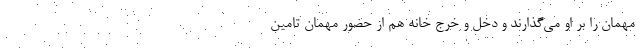
مهمان را بر او می‌گذارند و دخل و خرج خانه هم از حضور مهمان تامین